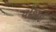
યોજાઈ